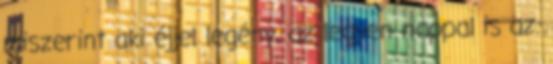
miszerint aki éjjel legény, az legyen nappal is az.